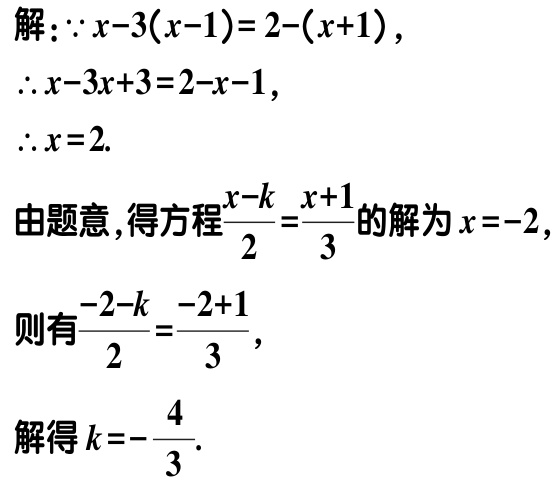
解：\(\because x - 3(x - 1) = 2 - (x + 1)\)，
\(\therefore x - 3x + 3 = 2 - x - 1\)，
\(\therefore x = 2\).

由题意，得方程\(\frac{x - k}{2} = \frac{x + 1}{3}\)的解为\(x = -2\)，
则有\(\frac{-2 - k}{2} = \frac{-2 + 1}{3}\)，
解得\(k = -\frac{4}{3}\).